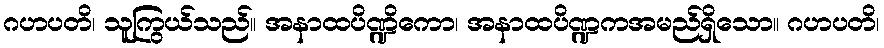
ဂဟပတိ၊ သူကြွယ်သည်။ အနာထပိဏ္ဍိကော၊ အနာထပိဏ္ဍကအမည်ရှိသော။ ဂဟပတိ၊